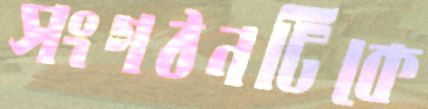
সংগঠনটিকে